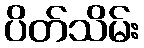
ပိတ်သိမ်း